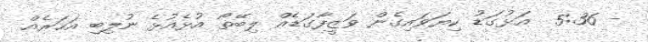
- 5:36  އަޅުގަޑު ކިޔަވައިގެން ވަޒީފާގަޑެއް ލިބޭތޯ އުޅެއުޅެ ނުލިބި އަހަރެއް